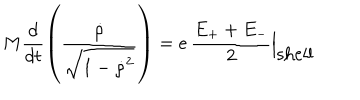
M \frac { d } { d t } \left( \frac { { \dot { \rho } } } { \sqrt { 1 - { \dot { \rho } } ^ { 2 } } } \right) = e \, \frac { E _ { + } + E _ { - } } { 2 } \Bigl | _ { \textstyle \mathrm { s h e l l } }